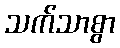
သက်သာစွာ